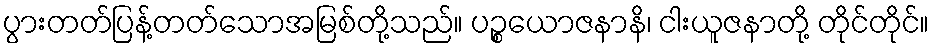
ပွားတတ်ပြန့်တတ်သောအမြစ်တို့သည်။ ပဉ္စယောဇနာနိ၊ ငါးယူဇနာတို့ တိုင်တိုင်။